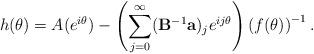
LaTeX: \begin{align*} {h}(\theta) = A(e^{i\theta}) - \left(\sum\limits_{j=0}^{\infty}(\bold{B}^{-1}\bold{a})_je^{ij\theta} \right) \left(f(\theta)\right)^{-1}. \end{align*}